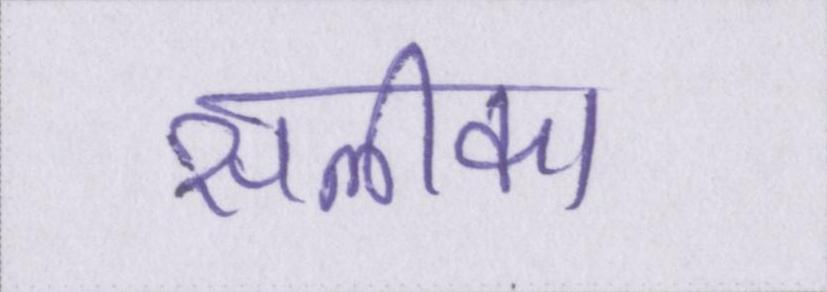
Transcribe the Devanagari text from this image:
सलीका